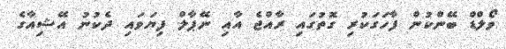
ވޯލްޑް ބޭންކުން ފާހަގަކުރި ގޮތުގައި ރާއްޖެ އާއި ނޭޕާލް ފިޔަވައި ދެކުނު އޭޝިއާގެ